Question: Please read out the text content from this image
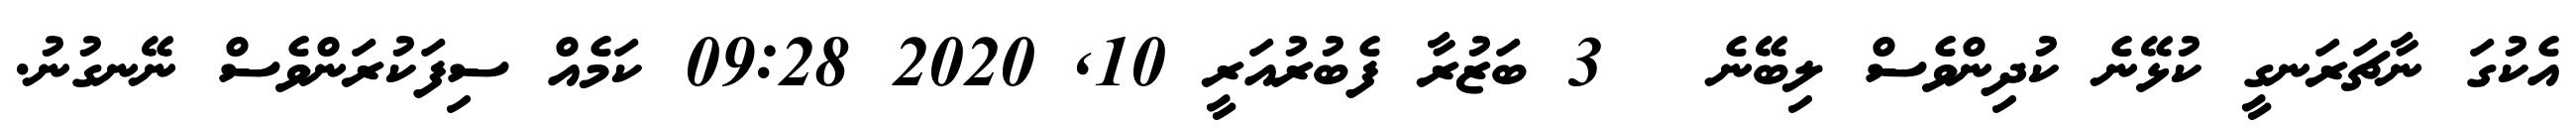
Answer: އެކުގަ ނާޗަރަނގީ ކުޅޭނެ ކުދިންވެސް ލިބޭނެ ? 3 ބަޒުރާ ފެބުރުއަރީ 10, 2020 09:28 ކަމެއް ސިފަކުރަންވެސް ނޭނގުނު.